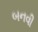
બનવી